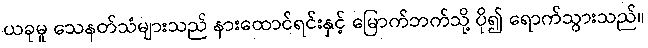
ယခုမူ သေနတ်သံများသည် နားထောင်ရင်းနှင့် မြောက်ဘက်သို့ ပို၍ ရောက်သွားသည်။